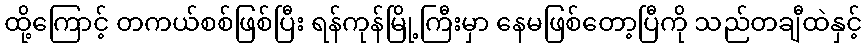
ထို့ကြောင့် တကယ်စစ်ဖြစ်ပြီး ရန်ကုန်မြို့ကြီးမှာ နေမဖြစ်တော့ပြီကို သည်တချီထဲနှင့်